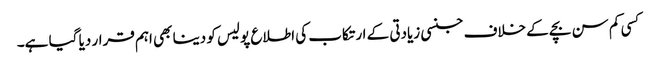
کسی کم سن بچے کے خلاف جنسی زیادتی کے ارتکاب کی اطلاع پولیس کو دینا بھی اہم قرار دیا گیا ہے۔